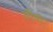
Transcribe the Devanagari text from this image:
नौंबी